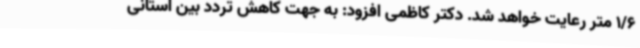
1/6 متر رعایت خواهد شد. دکتر کاظمی افزود: به جهت کاهش تردد بین استانی